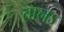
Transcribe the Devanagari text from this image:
तानऽ